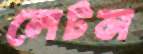
লেটস